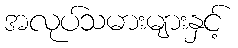
အလုပ်သမားများနှင့်